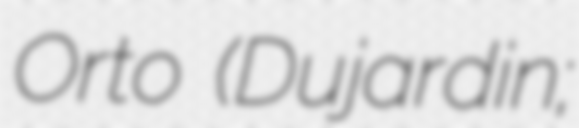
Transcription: Orto (Dujardin;